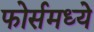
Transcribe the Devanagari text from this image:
फोर्समध्ये